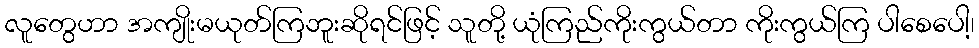
လူတွေဟာ အကျိုးမယုတ်ကြဘူးဆိုရင်ဖြင့် သူတို့ ယုံကြည်ကိုးကွယ်တာ ကိုးကွယ်ကြ ပါစေပေါ့၊